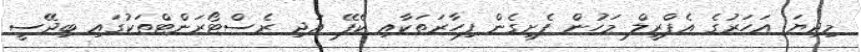
މިދިޔަ އަހަރުގެ އެޕްރީލް މަހުން ފެށިގެން ފިހާރަތަކާއި ކެފޭ އަދި ރެސްޓޯރަންޓްތަކުގައި ބިދޭސީ